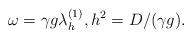
LaTeX: \begin{align*}\omega = \gamma g \lambda^{(1)}_h , h^2 = D/(\gamma g). \end{align*}